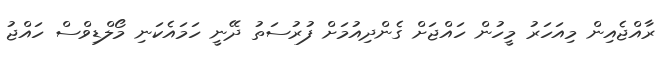
ރާއްޖެއިން މިއަހަރު މީހުން ހައްޖަށް ގެންދިއުމަށް ފުރުސަތު ދޭނީ ހަމައެކަނި މޯލްޑިވްސް ހައްޖު